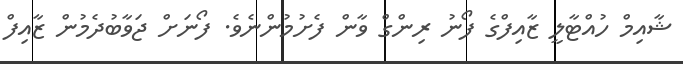
ޝާއިމް ހުއްޓާލީ ޒާއިފްގެ ފޯނު ރިންގް ވާން ފެށުމުންނެވެ. ފޯނަށް ޖަވާބުދެމުން ޒާއިފް